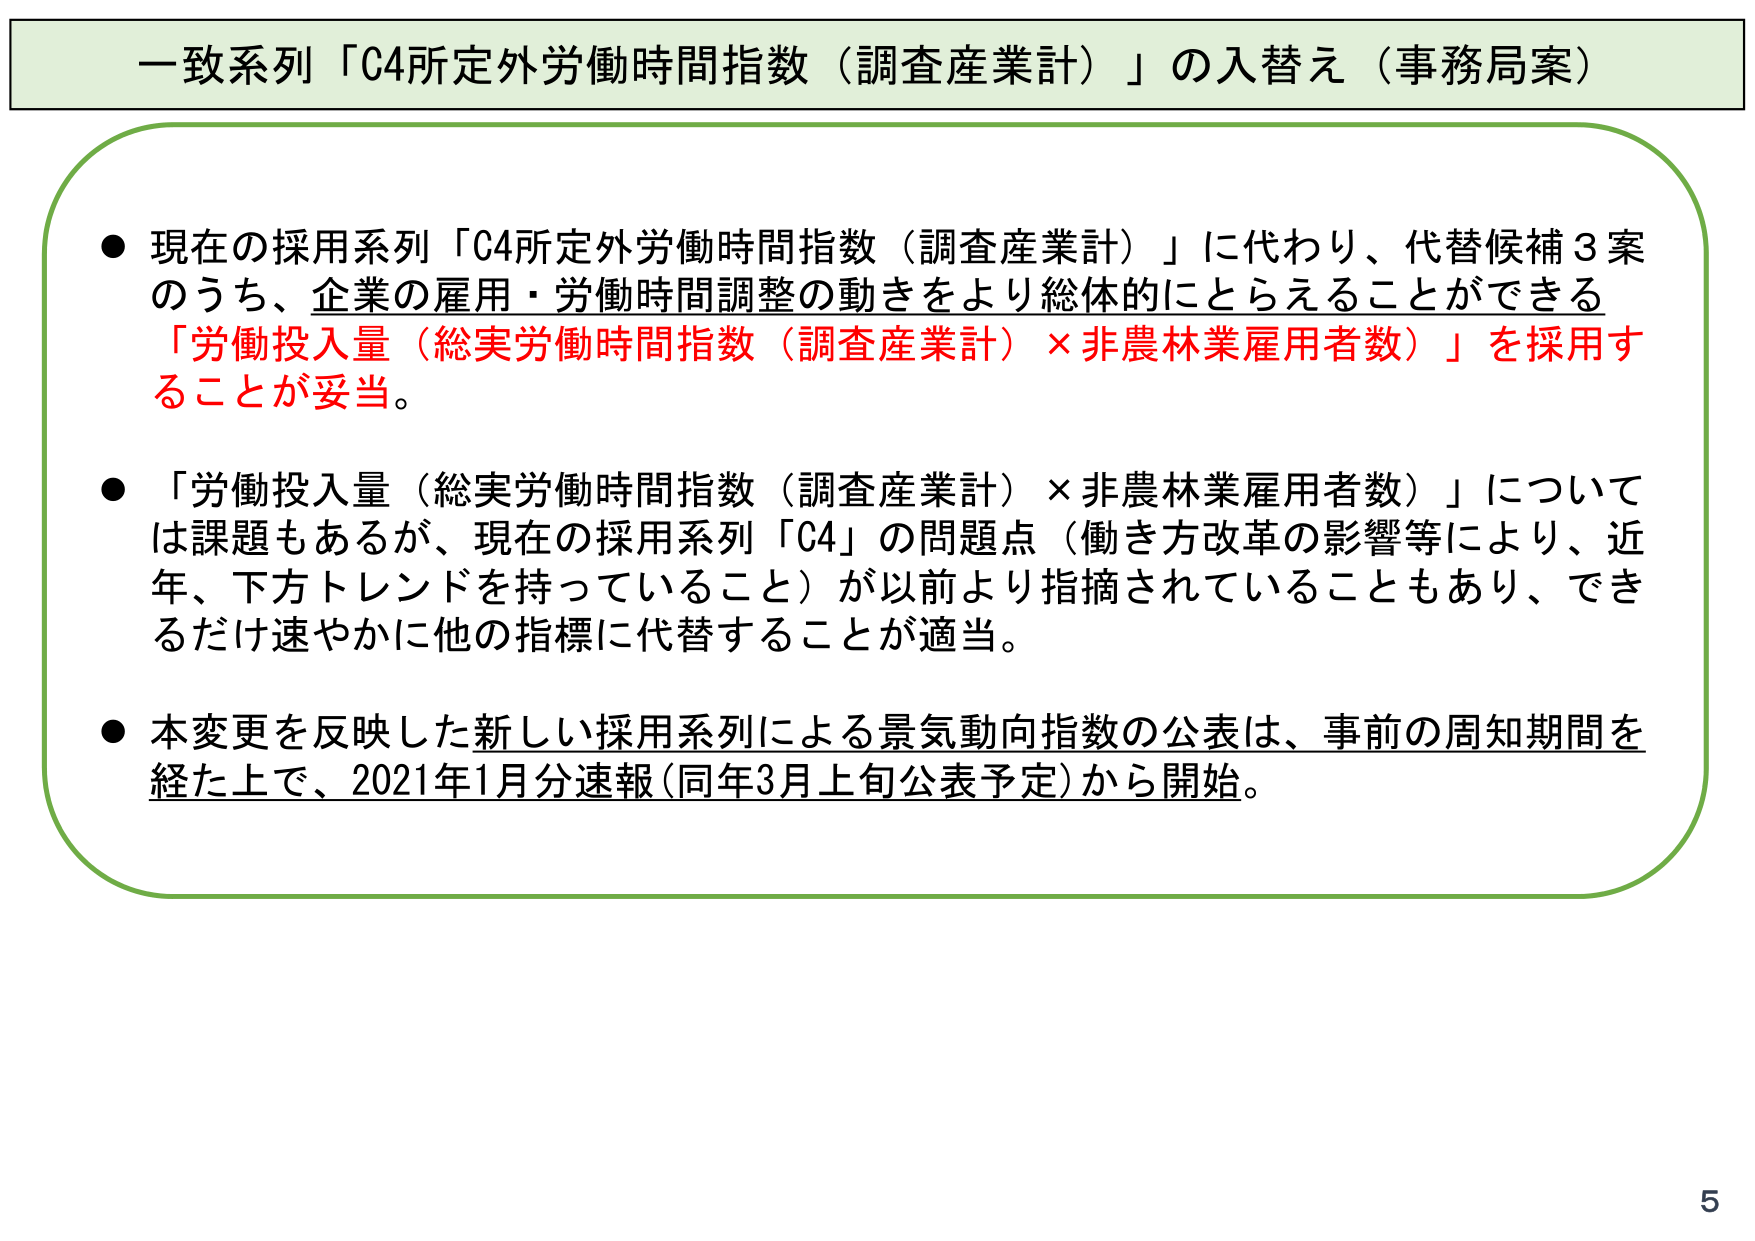
一致系列「C4所定外労働時間指数（調査産業計）」の入替え（事務局案）

● 現在の採用系列「C4所定外労働時間指数（調査産業計）」に代わり、代替候補3案のうち、企業の雇用・労働時間調整の動きをより総体的にとらえることができる「労働投入量（総実労働時間指数（調査産業計）×非農林業雇用者数）」を採用することが妥当。

● 「労働投入量（総実労働時間指数（調査産業計）×非農林業雇用者数）」については課題もあるが、現在の採用系列「C4」の問題点（働き方改革の影響等により、近年、下方トレンドを持っていること）が以前より指摘されていることもあり、できるだけ速やかに他の指標に代替することが適当。

● 本変更を反映した新しい採用系列による景気動向指数の公表は、事前の周知期間を経た上で、2021年1月分速報（同年3月上旬公表予定）から開始。

5